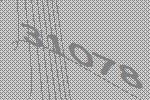
31078